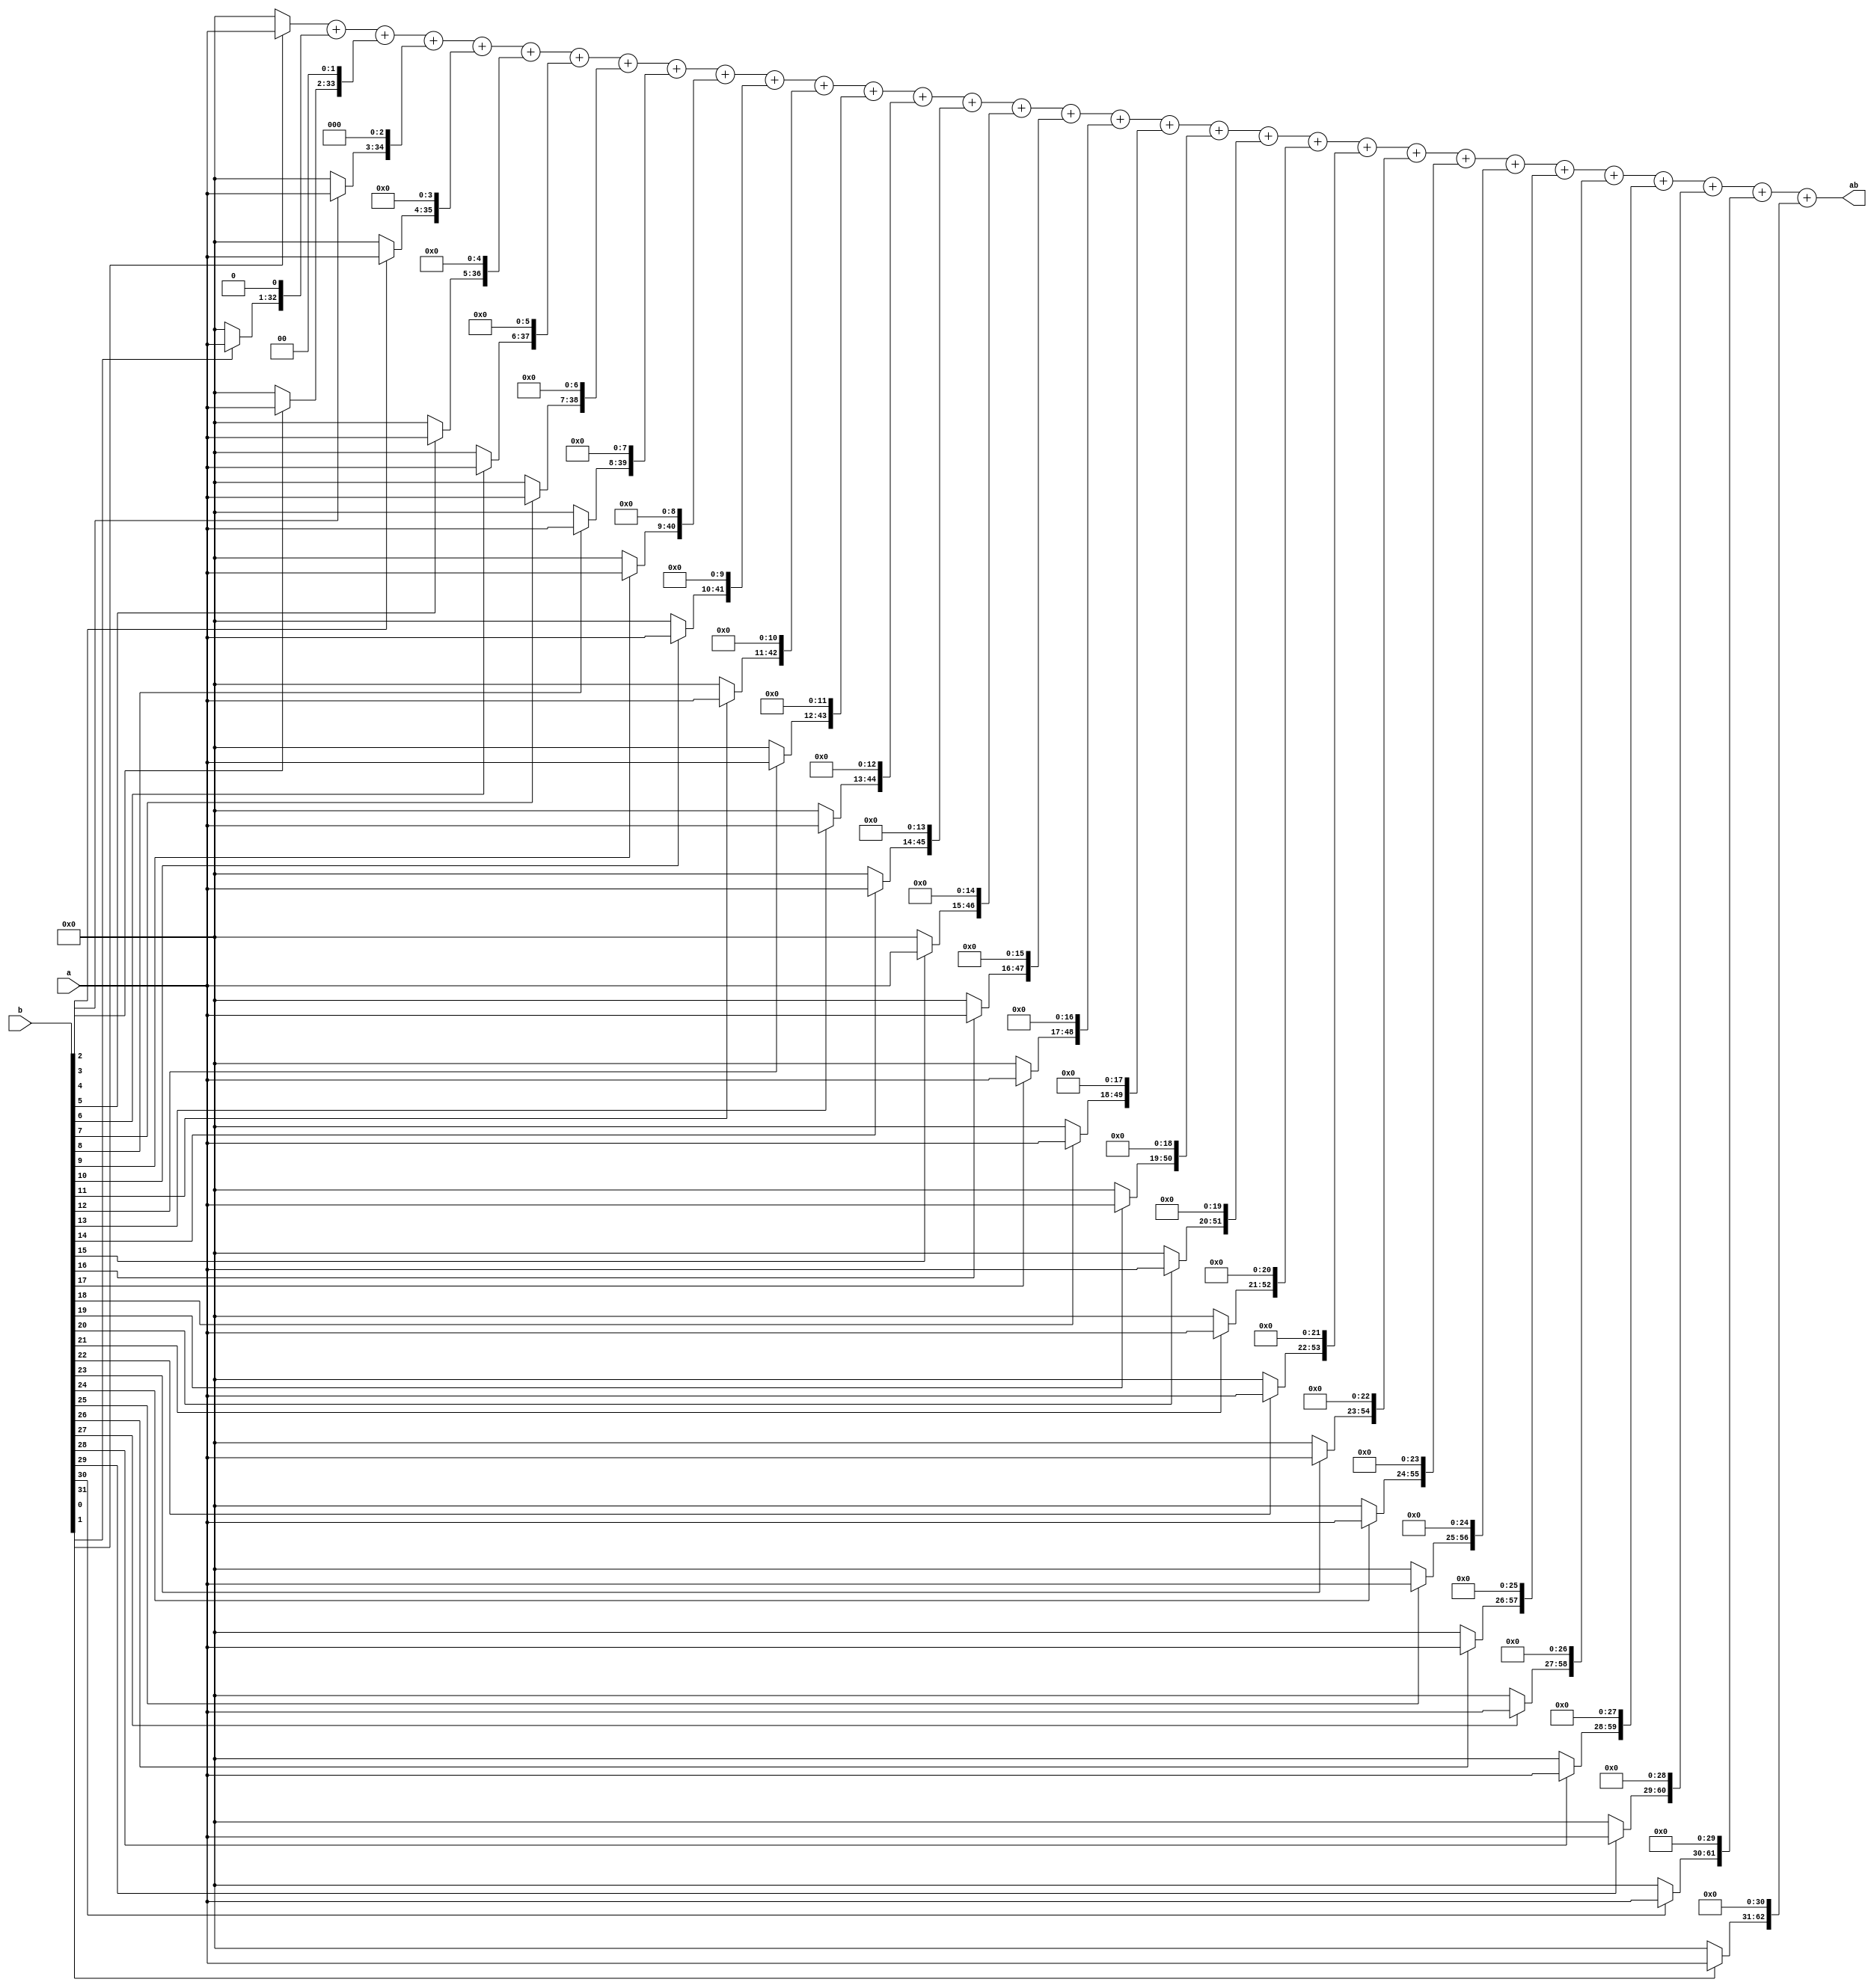
module multiplication(
input [31:0] a,b,
output [63:0] ab
);

wire [31:0] t0,t1,t2,t3,t4,t5,t6,t7,t8,t9,t10,t11,t12,t13,t14,t15,t16,t17,t18,t19,t20,t21,t22,t23,t24,t25,t26,t27,t28,t29,t30,t31;

assign t0 = (b[0]==1) ? a : 4'h0;
assign t1 = (b[1]==1) ? a : 4'h0;
assign t2 = (b[2]==1) ? a : 4'h0;
assign t3 = (b[3]==1) ? a : 4'h0;
assign t4 = (b[4]==1) ? a : 4'h0;
assign t5 = (b[5]==1) ? a : 4'h0;
assign t6 = (b[6]==1) ? a : 4'h0;
assign t7 = (b[7]==1) ? a : 4'h0;
assign t8 = (b[8]==1) ? a : 4'h0;
assign t9 = (b[9]==1) ? a : 4'h0;
assign t10 = (b[10]==1) ? a : 4'h0;
assign t11 = (b[11]==1) ? a : 4'h0;
assign t12 = (b[12]==1) ? a : 4'h0;
assign t13 = (b[13]==1) ? a : 4'h0;
assign t14 = (b[14]==1) ? a : 4'h0;
assign t15 = (b[15]==1) ? a : 4'h0;
assign t16 = (b[16]==1) ? a : 4'h0;
assign t17 = (b[17]==1) ? a : 4'h0;
assign t18 = (b[18]==1) ? a : 4'h0;
assign t19 = (b[19]==1) ? a : 4'h0;
assign t20 = (b[20]==1) ? a : 4'h0;
assign t21 = (b[21]==1) ? a : 4'h0;
assign t22 = (b[22]==1) ? a : 4'h0;
assign t23 = (b[23]==1) ? a : 4'h0;
assign t24 = (b[24]==1) ? a : 4'h0;
assign t25 = (b[25]==1) ? a : 4'h0;
assign t26 = (b[26]==1) ? a : 4'h0;
assign t27 = (b[27]==1) ? a : 4'h0;
assign t28 = (b[28]==1) ? a : 4'h0;
assign t29 = (b[29]==1) ? a : 4'h0;
assign t30 = (b[30]==1) ? a : 4'h0;
assign t31 = (b[31]==1) ? a : 4'h0;

assign ab=t0+(t1<<1)+(t2<<2)+(t3<<3)+(t4<<4)+(t5<<5)+(t6<<6)+(t7<<7)+(t8<<8)+(t9<<9)+(t10<<10)+(t11<<11)+(t12<<12)+(t13<<13)+(t14<<14)+(t15<<15)+(t16<<16)+(t17<<17)+(t18<<18)+(t19<<19)+(t20<<20)+(t21<<21)+(t22<<22)+(t23<<23)+(t24<<24)+(t25<<25)+(t26<<26)+(t27<<27)+(t28<<28)+(t29<<29)+(t30<<30)+(t31<<31);

endmodule